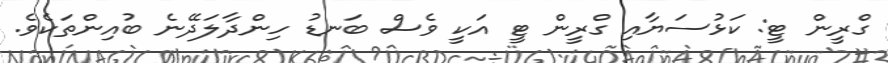
ގްރީން ޓީ: ކަޅުސަޔާއި ގްރީން ޓީ އަކީ ވެސް ބަނޑު ހިންދާލަދޭނެ ބުއިންތަކެވެ.